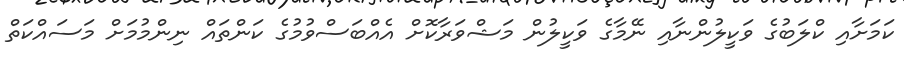
ކަމަށާއި ކްލަބުގެ ވަކީލުންނާއި ނޭމާގެ ވަކީލުން މަޝްވަރާކޮށް އެއްބަސްވުމުގެ ކަންތައް ނިންމުމަށް މަސައްކަތް